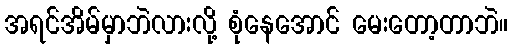
အရင်အိမ်မှာဘဲလားလို့ စုံနေအောင် မေးတော့တာဘဲ။